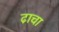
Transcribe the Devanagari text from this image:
ढा़चा